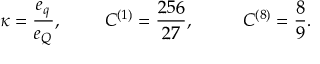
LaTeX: \kappa = \frac { e _ { q } } { e _ { Q } } , ~ ~ ~ ~ ~ ~ ~ { \cal C } ^ { ( 1 ) } = \frac { 2 5 6 } { 2 7 } , ~ ~ ~ ~ ~ ~ ~ ~ { \cal C } ^ { ( 8 ) } = \frac { 8 } { 9 } .